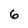
Character: 6